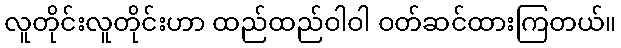
လူတိုင်းလူတိုင်းဟာ ထည်ထည်ဝါဝါ ဝတ်ဆင်ထားကြတယ်။